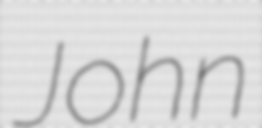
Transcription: John